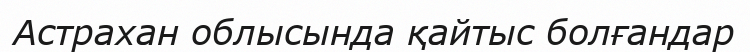
Астрахан облысында қайтыс болғандар